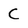
Character: C